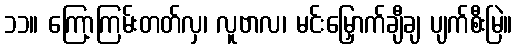
၁၁။ ကြော့ကြမ်းတတ်လှ၊ လူဗာလ၊ မင်းမြှောက်ချီချ ပျက်စီးမြဲ။